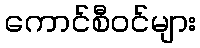
ကောင်စီဝင်များ